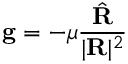
\mathbf { g } = - \mu { \frac { \hat { \mathbf { R } } } { | \mathbf { R } | ^ { 2 } } }